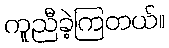
ကူညီခဲ့ကြတယ်။